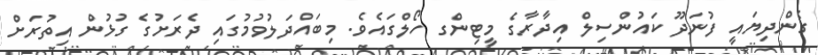
ގެންދިޔައީ ފުނަދޫ ކައުންސިލް އިދާރާގެ މީޓިންގ ހޯލްގައެވެ. މިބައްދަލުވުމުގައި ދެރަށުގެ ގުޅުން އިތުރަށް